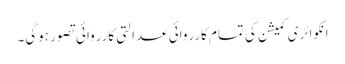
انکوائری کمیشن کی تمام کارروائی عدالتی کارروائی تصور ہوگی۔